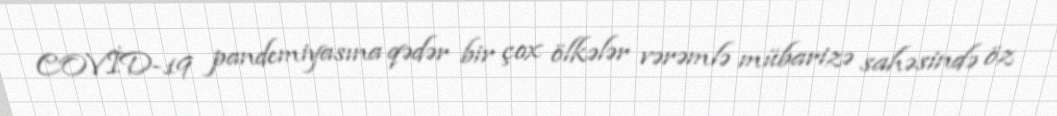
COVİD-19 pandemiyasına qədər bir çox ölkələr vərəmlə mübarizə sahəsində öz